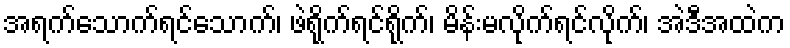
အရက်သောက်ရင်သောက်၊ ဖဲရိုက်ရင်ရိုက်၊ မိန်းမလိုက်ရင်လိုက်၊ အဲဒီအထဲက